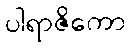
ပါရာဇိကော